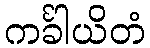
ကင်္ခါယိတံ